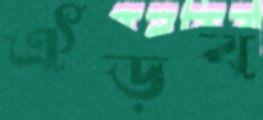
ঐড়ব